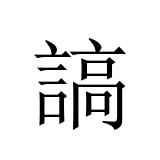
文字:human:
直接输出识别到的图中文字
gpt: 謞